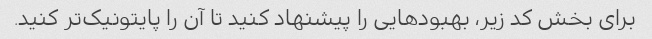
برای بخش کد زیر، بهبودهایی را پیشنهاد کنید تا آن را پایتونیک‌تر کنید.